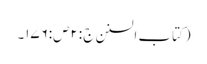
(کتاب السنن ج :۲ص:۱۷۶۔